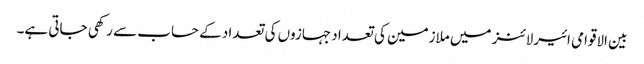
بین الاقوامی ائیرلائنز میں ملازمین کی تعداد جہازوں کی تعداد کے حساب سے رکھی جاتی ہے۔